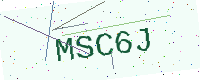
Text: MSC6J